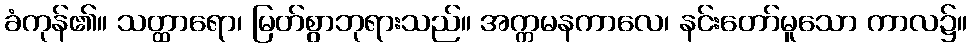
ခံကုန်၏။ သတ္ထာရော၊ မြတ်စွာဘုရားသည်။ အက္ကမနကာလေ၊ နင်းတော်မူသော ကာလ၌။